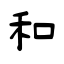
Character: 和